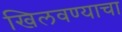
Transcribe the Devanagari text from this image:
खिलवण्याचा